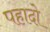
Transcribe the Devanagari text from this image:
पहादो